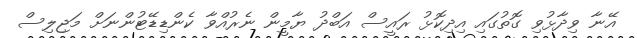
އޭނާ ވިދާޅުވި ގޮތުގައި އިދިކޮޅު ރައީސް އަބްދު ޔާމީން ނެރުއްވާ ކެންޑިޑޭޓުންނަށް މަޖިލިސް